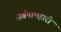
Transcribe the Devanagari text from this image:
सर्वपापहारी